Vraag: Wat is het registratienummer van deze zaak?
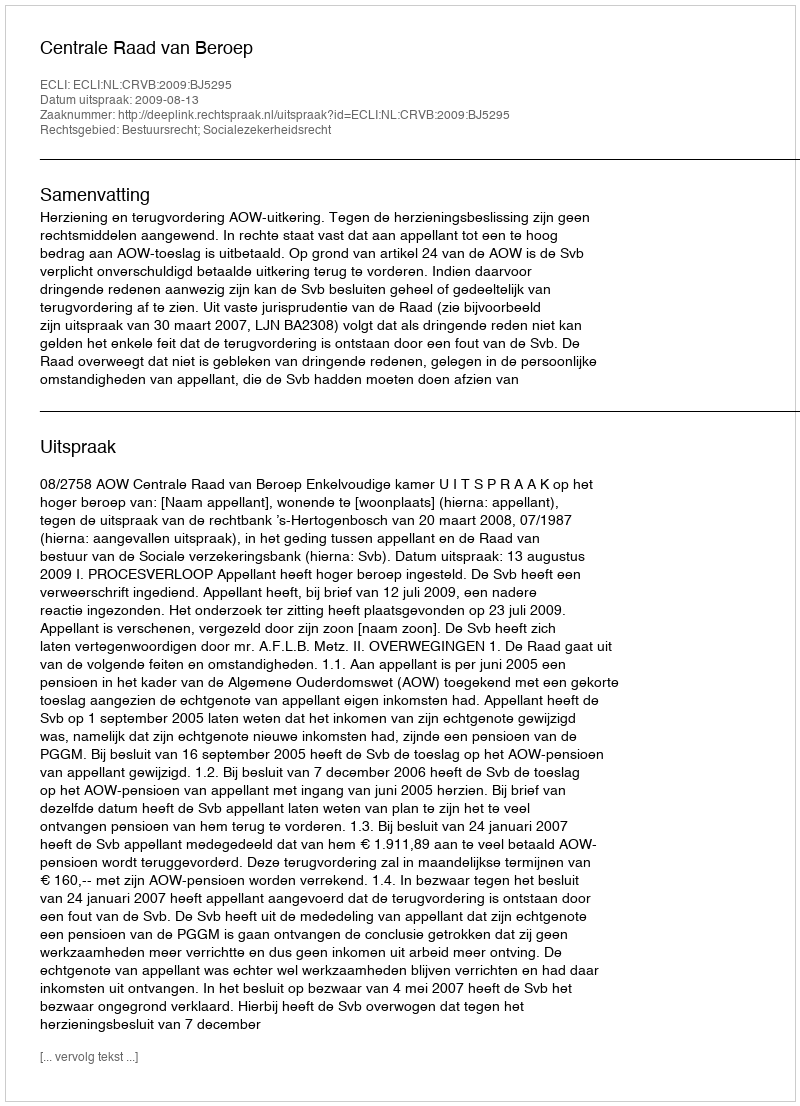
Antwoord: http://deeplink.rechtspraak.nl/uitspraak?id=ECLI:NL:CRVB:2009:BJ5295